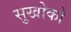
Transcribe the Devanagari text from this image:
सुखोको